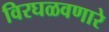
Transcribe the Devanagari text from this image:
विरघळवणारे